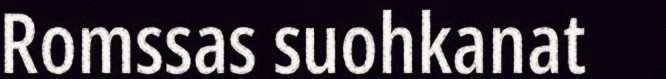
Romssas suohkanat